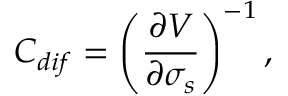
C _ { d i f } = \left( \frac { \partial V } { \partial { \sigma _ { s } } } \right) ^ { - 1 } ,